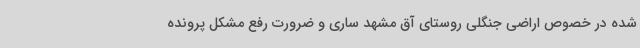
شده در خصوص اراضی جنگلی روستای آق مشهد ساری و ضرورت رفع مشکل پرونده